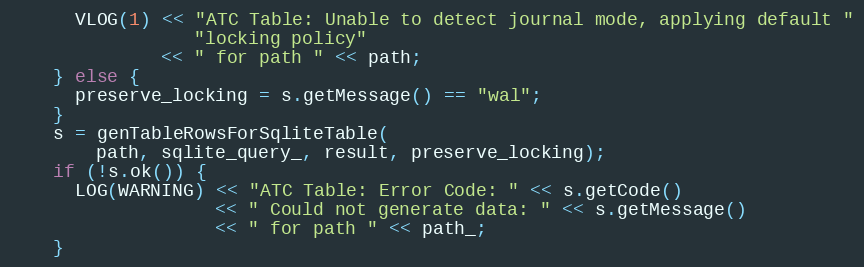
Language: C++
      VLOG(1) << "ATC Table: Unable to detect journal mode, applying default "
                 "locking policy"
              << " for path " << path;
    } else {
      preserve_locking = s.getMessage() == "wal";
    }
    s = genTableRowsForSqliteTable(
        path, sqlite_query_, result, preserve_locking);
    if (!s.ok()) {
      LOG(WARNING) << "ATC Table: Error Code: " << s.getCode()
                   << " Could not generate data: " << s.getMessage()
                   << " for path " << path_;
    }